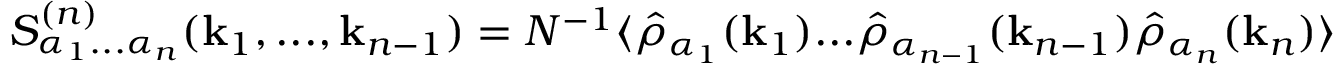
S _ { \alpha _ { 1 } . . . \alpha _ { n } } ^ { ( n ) } ( \mathbf { k } _ { 1 } , . . . , \mathbf { k } _ { n - 1 } ) = N ^ { - 1 } \langle \hat { \rho } _ { \alpha _ { 1 } } ( \mathbf { k } _ { 1 } ) . . . \hat { \rho } _ { \alpha _ { n - 1 } } ( \mathbf { k } _ { n - 1 } ) \hat { \rho } _ { \alpha _ { n } } ( \mathbf { k } _ { n } ) \rangle